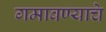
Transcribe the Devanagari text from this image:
गमावण्याचे